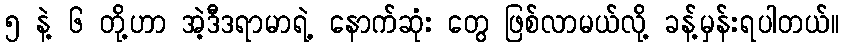
၅ နဲ့ ၆ တို့ဟာ အဲ့ဒီဒရာမာရဲ့ နောက်ဆုံး တွေ ဖြစ်လာမယ်လို့ ခန့်မှန်းရပါတယ်။